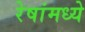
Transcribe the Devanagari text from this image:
रेषांमध्ये